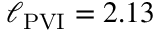
\ell _ { \mathrm { P V I } } = 2 . 1 3